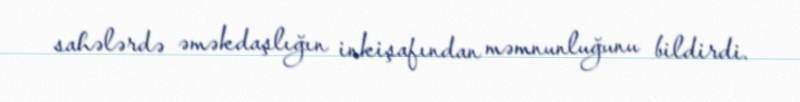
sahələrdə əməkdaşlığın inkişafından məmnunluğunu bildirdi.